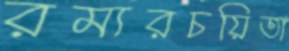
রম্যরচয়িতা